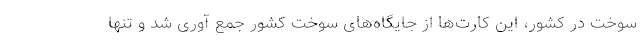
سوخت در کشور، این کارت‌ها از جایگاه‌های سوخت کشور جمع آوری شد و تنها